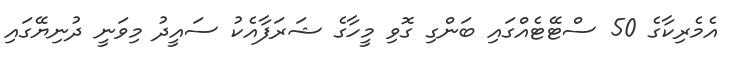
އެމެރިކާގެ 50 ސްޓޭޓެއްގައި ބަންގި ގޮވި މީހާގެ ޝަރަފާއެކު ސައީދު މިވަނީ ދުނިޔޭގައި